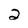
Character: 2